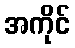
အကိုင်